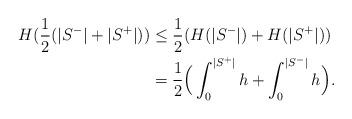
LaTeX: \begin{align*}H(\frac{1}{2}(|S^-|+|S^+|))& \le \frac{1}{2}(H(|S^-|)+H(|S^+|))\\&=\frac{1}{2}\Big(\int_0^{|S^+|}h+\int_0^{|S^-|}h\Big).\end{align*}